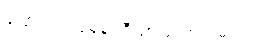
ပြောရရင် ပုံမှန် ဘီယာ သောက်မယ်။